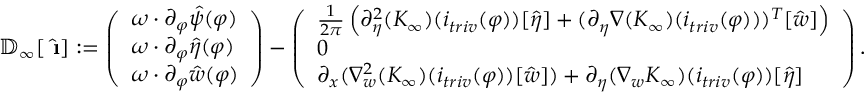
\begin{array} { r } { \mathbb { D } _ { \infty } [ \hat { \textbf { \i } } ] : = \left( \begin{array} { l } { \omega \cdot \partial _ { \varphi } \hat { \psi } ( \varphi ) } \\ { \omega \cdot \partial _ { \varphi } \hat { \eta } ( \varphi ) } \\ { \omega \cdot \partial _ { \varphi } \hat { w } ( \varphi ) } \end{array} \right) - \left( \begin{array} { l } { \frac { 1 } { 2 \pi } \left( \partial _ { \eta } ^ { 2 } ( K _ { \infty } ) ( i _ { t r i v } ( \varphi ) ) [ \hat { \eta } ] + ( \partial _ { \eta } \nabla ( K _ { \infty } ) ( i _ { t r i v } ( \varphi ) ) ) ^ { T } [ \hat { w } ] \right) } \\ { 0 } \\ { \partial _ { x } ( \nabla _ { w } ^ { 2 } ( K _ { \infty } ) ( i _ { t r i v } ( \varphi ) ) [ \hat { w } ] ) + \partial _ { \eta } ( \nabla _ { w } K _ { \infty } ) ( i _ { t r i v } ( \varphi ) ) [ \hat { \eta } ] } \end{array} \right) . } \end{array}